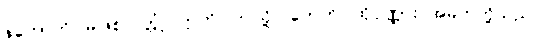
နဟောတိ၊ မဖြစ်လတ္တံ့။ ဣတိ၊ ဤသို့။ တေဟိ၊ ထိုပုဏ္ဏား အမတ်တို့သည်။